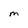
Character: m